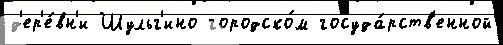
д'ер'е́вн'и Шульг'ино городско́м госуда́рств'енной